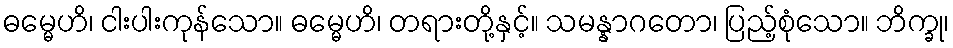
ဓမ္မေဟိ၊ ငါးပါးကုန်သော။ ဓမ္မေဟိ၊ တရားတို့နှင့်။ သမန္နာဂတော၊ ပြည့်စုံသော။ ဘိက္ခု၊